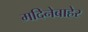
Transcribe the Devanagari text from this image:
मदिनेबाहेर